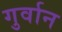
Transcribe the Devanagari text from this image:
गुर्वान